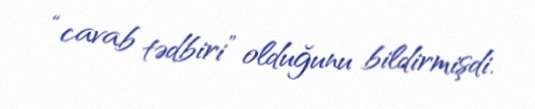
“cavab tədbiri” olduğunu bildirmişdi.